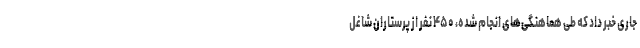
جاری خبر داد که طی هماهنگی‌های انجام شده، ۴۵۰ نفر از پرستاران شاغل